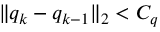
\| q _ { k } - q _ { k - 1 } \| _ { 2 } < C _ { q }